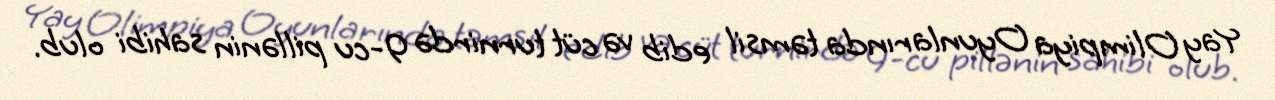
Yay Olimpiya Oyunlarında təmsil edib və cüt turnirdə 9-cu pillənin sahibi olub.